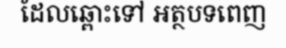
ដែលឆ្ពោះទៅ អត្ថបទពេញ